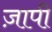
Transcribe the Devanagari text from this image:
ज़ापी